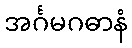
အင်္ဂမဂဓာနံ